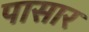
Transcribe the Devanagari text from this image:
पासार